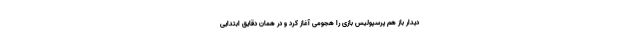
دیدار باز هم پرسپولیس بازی را هجومی آغاز کرد و در همان دقایق ابتدایی